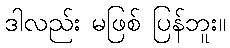
ဒါလည်း မဖြစ် ပြန်ဘူး။